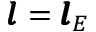
\pmb { l } = \pmb { l } _ { E }